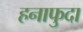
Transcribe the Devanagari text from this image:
हनाफुदा